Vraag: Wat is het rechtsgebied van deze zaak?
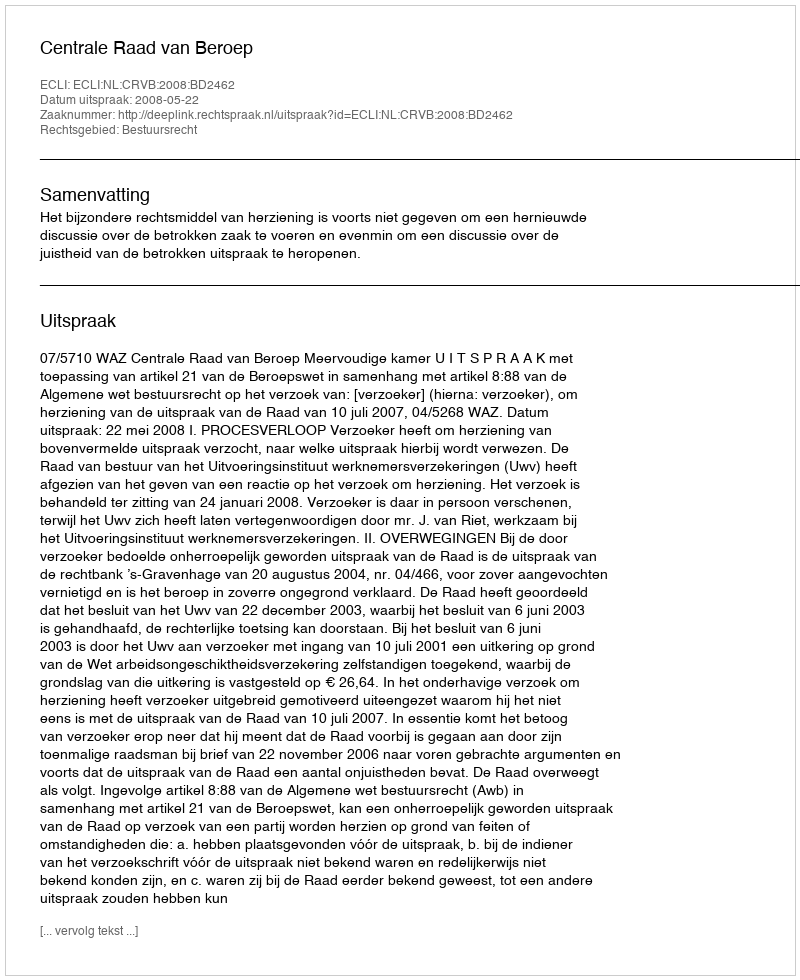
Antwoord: Bestuursrecht